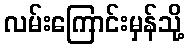
လမ်းကြောင်းမှန်သို့